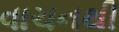
વાચનથી